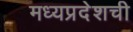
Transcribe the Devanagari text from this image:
मध्यप्रदेशची